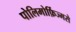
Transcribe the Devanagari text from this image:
पोलिमोर्फ़िज्मसे